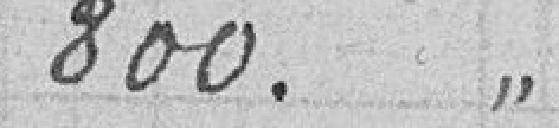
800. "